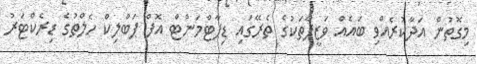
މިގޮތުން އަދާކުރެއްވި ބައެއް ވަޒީފާތަކުގެ ތެރޭގައި ޑިޕާޓްމަންޓް އޮފް ޕަބްލިކް ހެލްތުގެ ޑިރެކްޓަރު